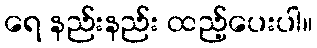
ရေ နည်းနည်း ထည့်ပေးပါ။